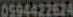
0594422624